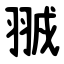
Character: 䎉